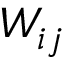
W _ { i j }